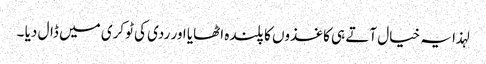
لہذا یہ خیال آتے ہی کاغذوں کا پلندہ اٹھایا اور ردی کی ٹوکری میں ڈال دیا ۔